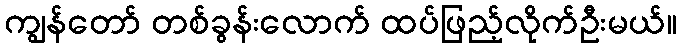
ကျွန်တော် တစ်ခွန်းလောက် ထပ်ဖြည့်လိုက်ဦးမယ်။